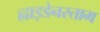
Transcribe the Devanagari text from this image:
ह्वाइडेनस्ताम